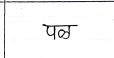
मजकूर: पळ